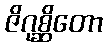
ဇိဂုစ္ဆိတော